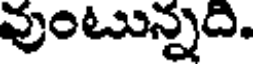
వుంటున్నది.